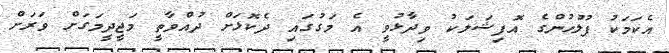
އެކަމަކު ފުލުހުންގެ އޮފިޝަލަކު ވިދާޅުވީ އެ މަގުގައި ދެކޮޅަށް ދުއްވާތީ މަޖީދީމަގަށް ވަރަށް